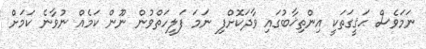
ނަމަވެސް ޙަޤީގަތަކީ އިންތިޚާބުގައި ވާދަކޮށްފި ނަމަ ފަލީހަތްވުން ނޫން ކަމެއް ނުވާނެ ކަމަށް